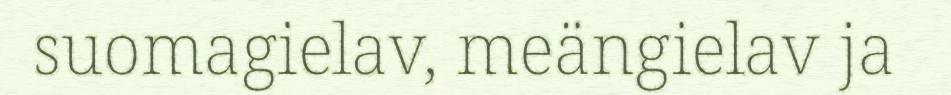
suomagielav, meängielav ja